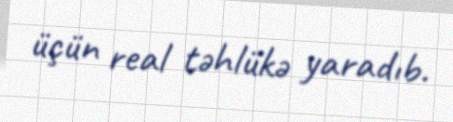
üçün real təhlükə yaradıb.